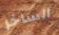
الساخر